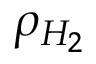
\rho _ { H _ { 2 } }